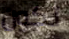
تكون